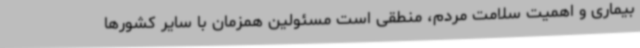
بیماری و اهمیت سلامت مردم، منطقی است مسئولین همزمان با سایر کشورها